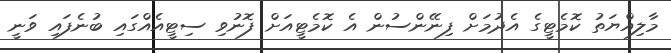
މާލިއްޔަތު ކޮމެޓީގެ އެދުމަށް ފިނޭންސުން އެ ކޮމެޓީއަށް ފޮނުވި ސިޓީއެއްގައި ބުނެފައި ވަނީ